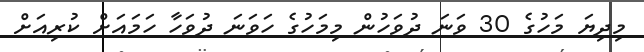
މިދިޔަ މަހުގެ 30 ވަނަ ދުވަހުން މިމަހުގެ ހަވަނަ ދުވަހާ ހަމައަށް ކުރިއަށް